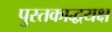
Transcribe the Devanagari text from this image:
पुस्तकाद्धयक्ष